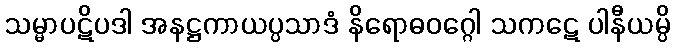
သမ္မာပဋိပဒါ အနဋ္ဌကာယပ္ပသာဒံ နိရောဓဝဂ္ဂေါ သကဋေ ပါနီယမ္ပိ